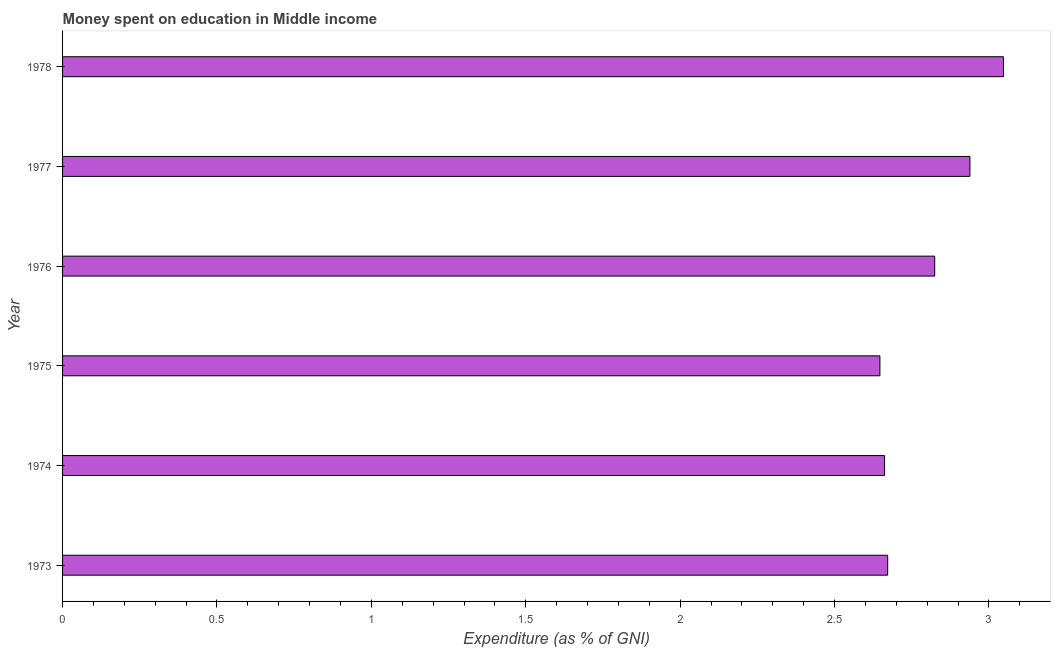
| Year | Education expenditure |
 | --- | --- |
 | 1973 | 2.67 |
 | 1974 | 2.66 |
 | 1975 | 2.65 |
 | 1976 | 2.82 |
 | 1977 | 2.94 |
 | 1978 | 3.05 |